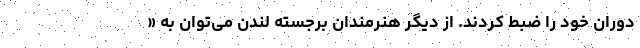
دوران خود را ضبط کردند. از دیگر هنرمندان برجسته لندن می‌توان به «